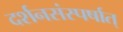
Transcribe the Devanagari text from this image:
दर्शनसंस्पर्षात्